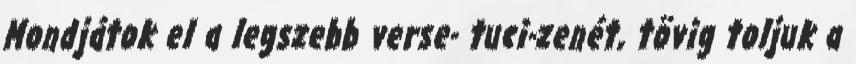
Mondjátok el a legszebb verse- tuci-zenét, tövig toljuk a